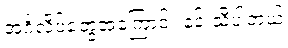
အင်္ဂလိပ်တွေအကြောင်း နင် သိပါတယ်